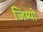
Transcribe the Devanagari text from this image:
जिम्पो